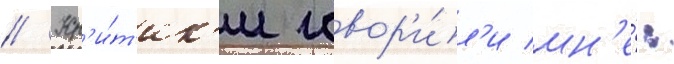
// Кр'и́т'ик'и говор'и́л'и мн'е́: